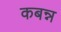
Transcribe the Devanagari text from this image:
कबन्न